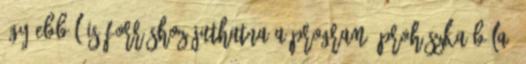
így ebből is forráshoz juthatna a program. Prohászka Béla,